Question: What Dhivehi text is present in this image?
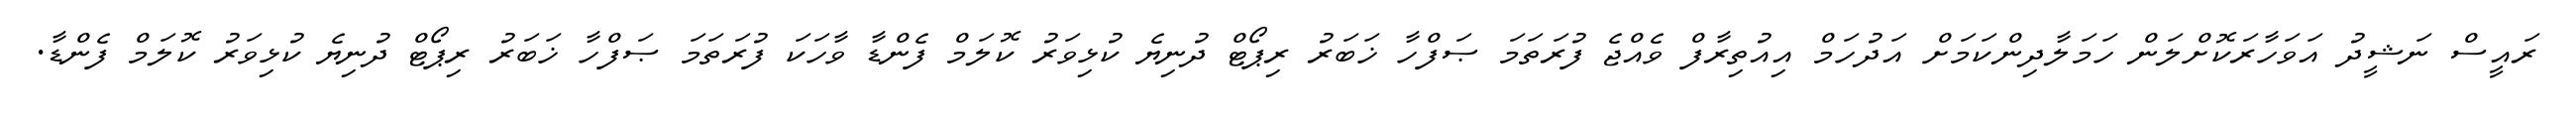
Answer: ރައީސް ނަޝީދު އަވަހާރަކޮށްލަން ހަމަލާދިންކަމަށް އަދުހަމް އިއުތިރާފް ވެއްޖެ ފުރަތަމަ ޞަފްހާ ޚަބަރު ރިޕޯޓް ދުނިޔެ ކުޅިވަރު ކޮލަމް ފެންޑާ ވާހަކަ ފުރަތަމަ ޞަފްހާ ޚަބަރު ރިޕޯޓް ދުނިޔެ ކުޅިވަރު ކޮލަމް ފެންޑާ.